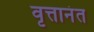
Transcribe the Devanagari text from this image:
वृत्तानंत